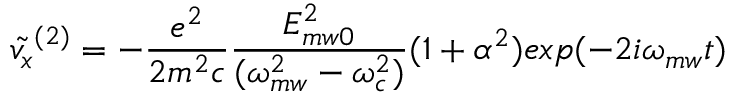
\tilde { v _ { x } } ^ { ( 2 ) } = - \frac { e ^ { 2 } } { 2 m ^ { 2 } c } \frac { E _ { m w 0 } ^ { 2 } } { ( \omega _ { m w } ^ { 2 } - \omega _ { c } ^ { 2 } ) } ( 1 + \alpha ^ { 2 } ) e x p ( - 2 i \omega _ { m w } t )